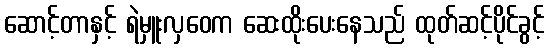
ဆောင့်တာနှင့် ရဲမှူးလှဝေက ဆေးထိုးပေးနေသည် ထုတ်ဆင့်ပိုင်ခွင့်